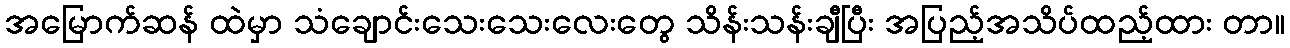
အမြောက်ဆန် ထဲမှာ သံချောင်းသေးသေးလေးတွေ သိန်းသန်းချီပြီး အပြည့်အသိပ်ထည့်ထား တာ။